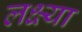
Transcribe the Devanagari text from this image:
लक्ष्‍या